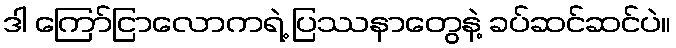
ဒါ ကြော်ငြာလောကရဲ့ ပြဿနာတွေနဲ့ ခပ်ဆင်ဆင်ပဲ။